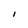
Character: I